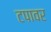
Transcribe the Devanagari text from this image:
टपावर